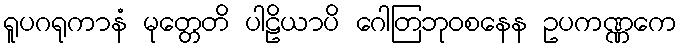
ရူပဂရုကာနံ မုတ္တေတိ ပါဠိယာပိ ဂေါတြဘုဝစနေန ဥပကဏ္ဏကေ